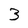
Character: 3